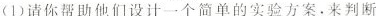
(1)请你帮助他们设计一个简单的实验方案。来判断